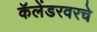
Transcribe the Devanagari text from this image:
कॅलेंडरवरचे